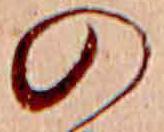
の